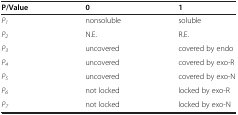
<table><thead><tr><td><b>P/Value</b></td><td><b>0</b></td><td><b>1</b></td></tr></thead><tbody><tr><td><i>P</i><sub><i>1</i></sub></td><td>nonsoluble</td><td>soluble</td></tr><tr><td><i>P</i><sub><i>2</i></sub></td><td>N.E.</td><td>R.E.</td></tr><tr><td><i>P</i><sub><i>3</i></sub></td><td>uncovered</td><td>covered by endo</td></tr><tr><td><i>P</i><sub><i>4</i></sub></td><td>uncovered</td><td>covered by exo-R</td></tr><tr><td><i>P</i><sub><i>5</i></sub></td><td>uncovered</td><td>covered by exo-N</td></tr><tr><td><i>P</i><sub><i>6</i></sub></td><td>not locked</td><td>locked by exo-R</td></tr><tr><td><i>P</i><sub><i>7</i></sub></td><td>not locked</td><td>locked by exo-N</td></tr></tbody></table>